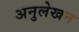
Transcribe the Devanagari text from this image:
अनुलेखन